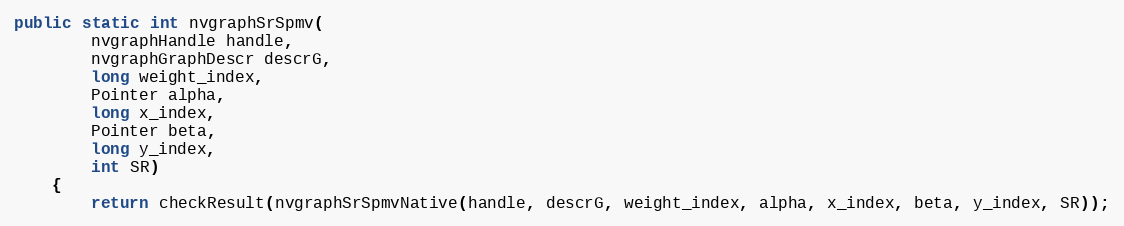
Language: Java
public static int nvgraphSrSpmv(
        nvgraphHandle handle,
        nvgraphGraphDescr descrG,
        long weight_index,
        Pointer alpha,
        long x_index,
        Pointer beta,
        long y_index,
        int SR)
    {
        return checkResult(nvgraphSrSpmvNative(handle, descrG, weight_index, alpha, x_index, beta, y_index, SR));